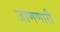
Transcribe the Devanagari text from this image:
जाणणारी